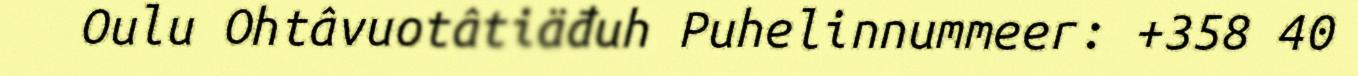
Oulu Ohtâvuotâtiäđuh Puhelinnummeer: +358 40